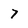
Character: 7